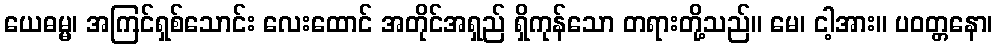
ယေဓမ္မ၊ အကြင်ရှစ်သောင်း လေးထောင် အတိုင်အရှည် ရှိကုန်သော တရားတို့သည်။ မေ၊ ငါ့အား။ ပဝတ္တနော၊